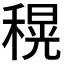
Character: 𮃜